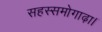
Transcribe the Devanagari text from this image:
सहस्समोगाढ़ा।